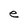
Character: e